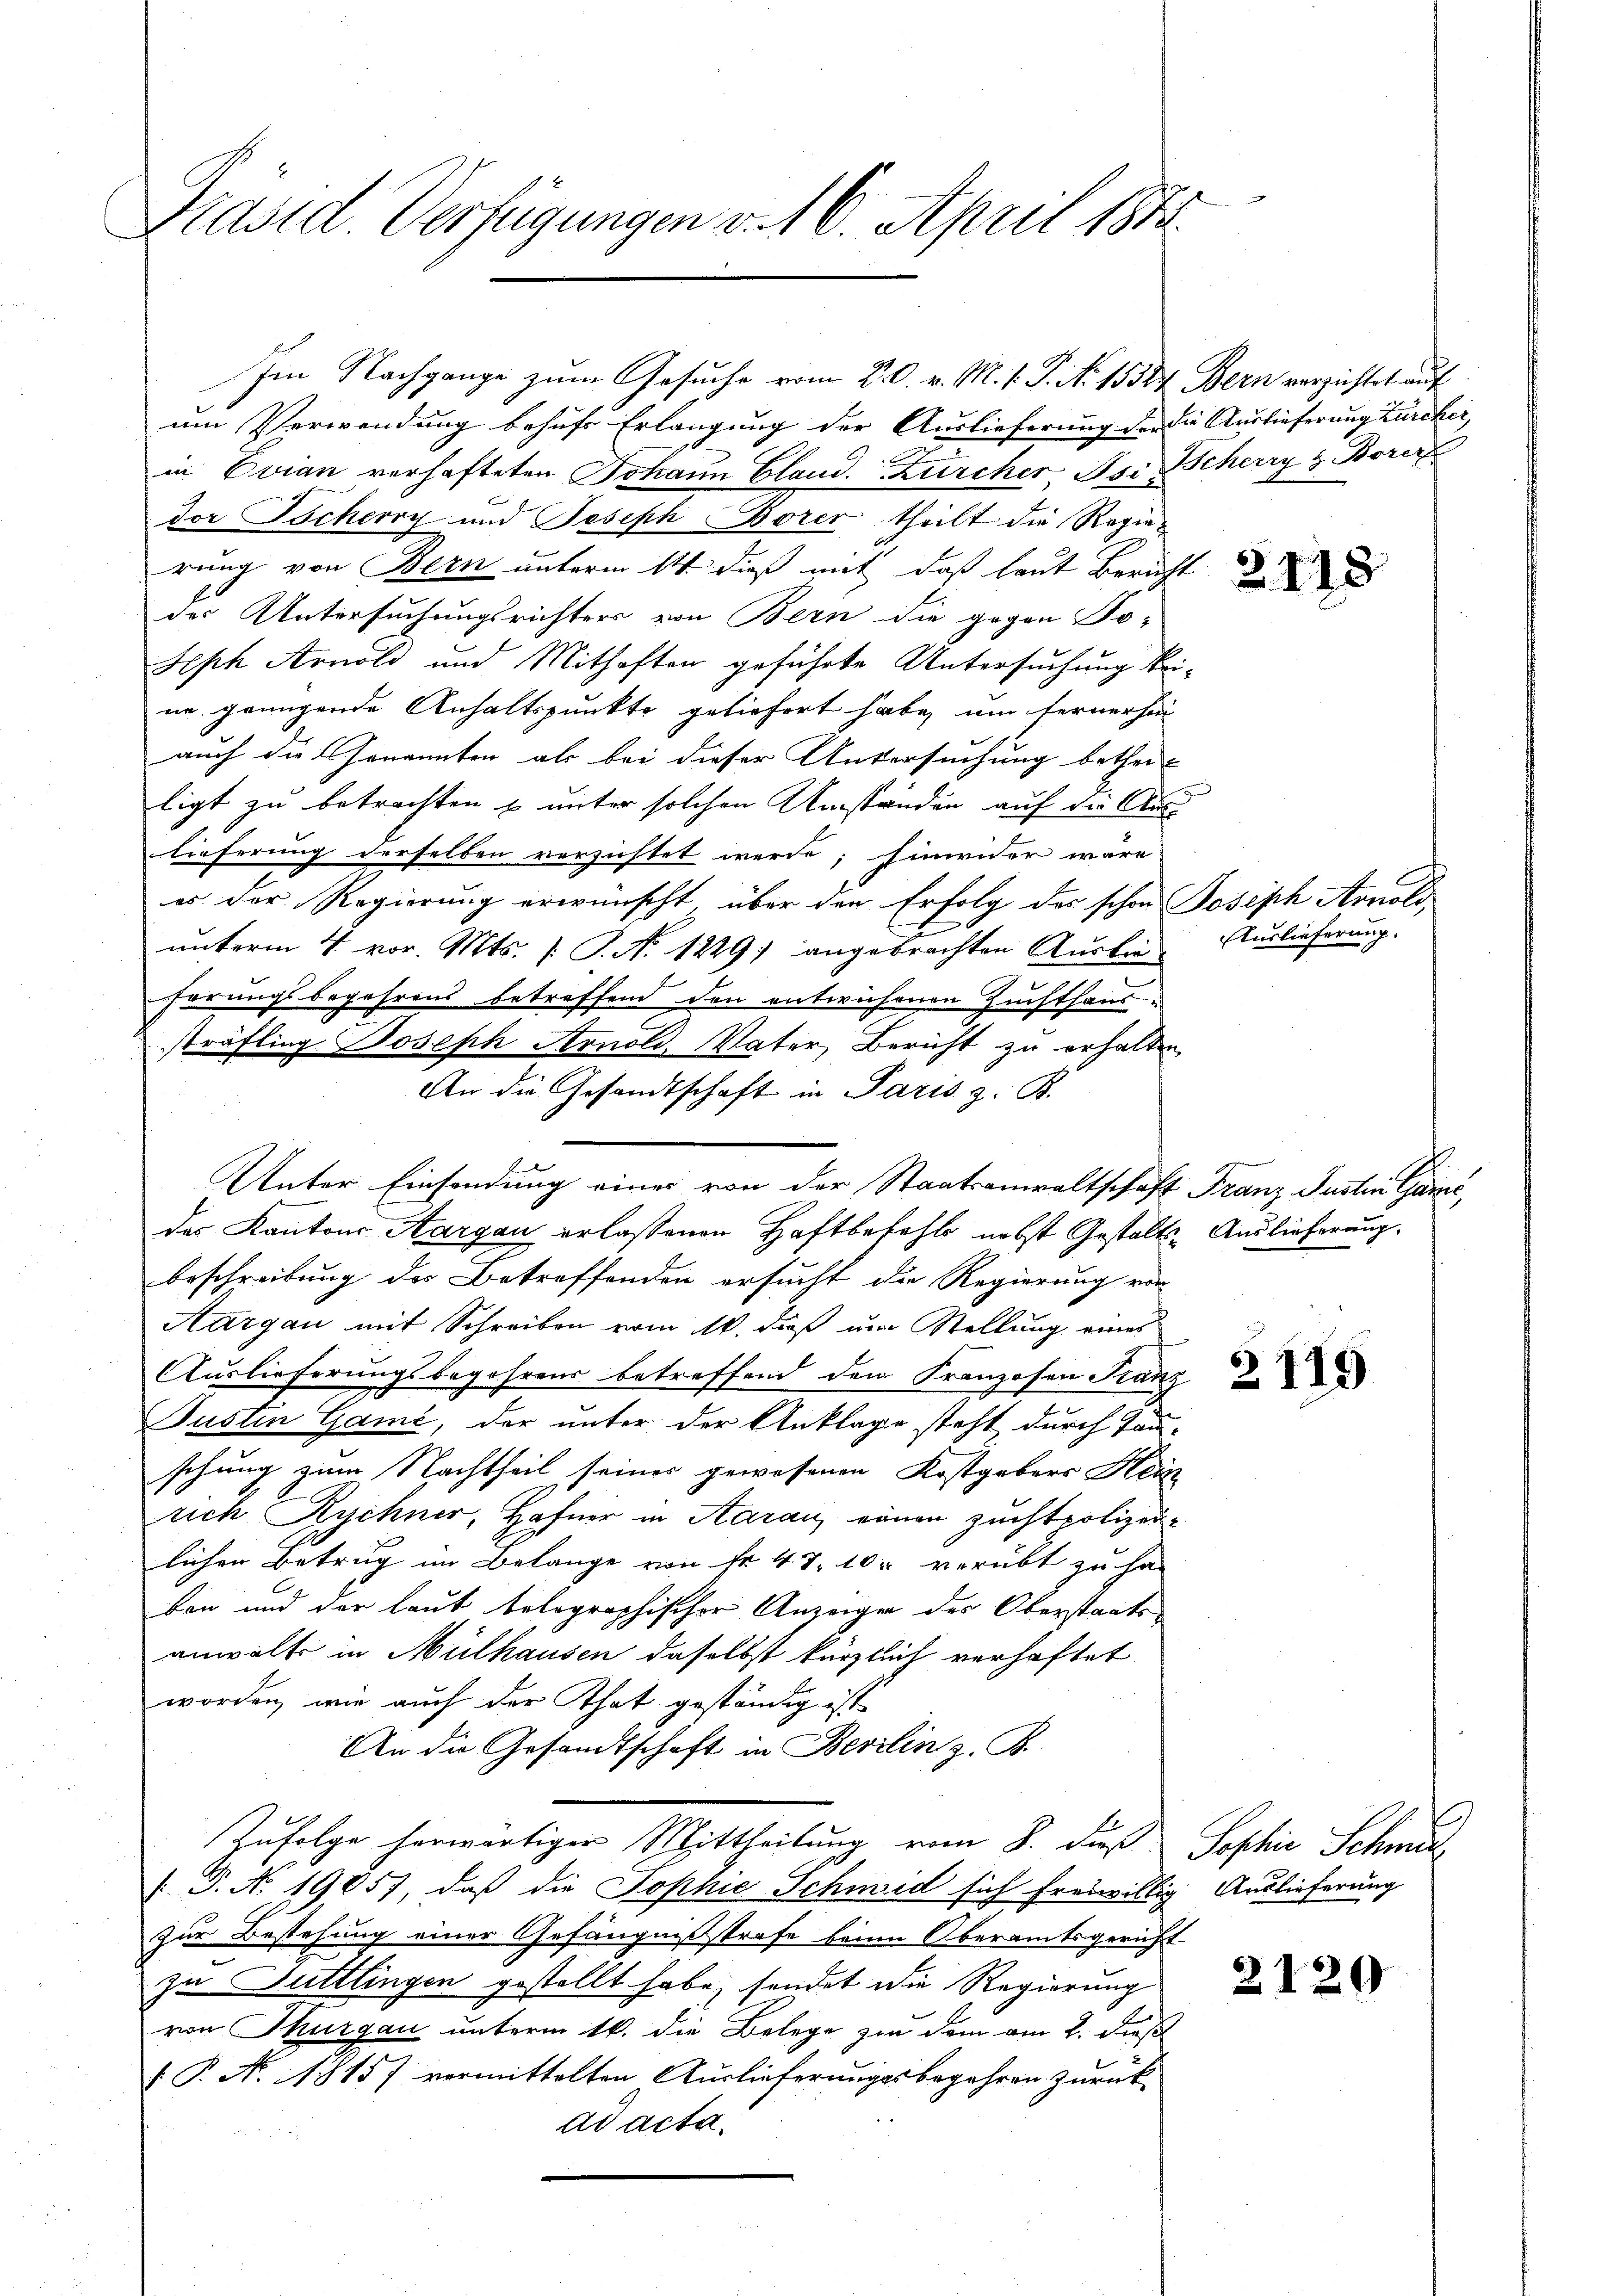
Präsid. Verfügungen v. 16. April 184.

Im Nachgange zum Gesuche vom 20. v. M. v. P. No 15584. Bern verzichtet auf

Unter Einsendung eines von der Staatsanwaltschaft Franz Justin Gaić,

um Verwendung behufs Erlangung der Auslieferung der die Auslieferung Zürcher,
in Evian verhafteten Johann Gland. Zürcher Isi Scherry z. Borizz
dor Tscherry und Joseph Borer, theilt die Regierung von Bern unterm 14. dieß mit, daß laut Bericht
des Untersuchungsrichters von Bern die gegen No-
Seph Arnold und Mithaften geführte Untersuchung keine grungende Anhaltspunkte geliefert habe, um fernerha
auch die Genannten als bei dieser Untersuchung betheil
ligt zu betrachten u unter solchen Umständen auf der Auslieferung derselben verzüchtet werde; hinwider wäre
es der Regierung erwünscht, über den Erfolg des schon Joseph Arnold
unterm 4. vor. Mts. (T. N. 1229) angebrachten Auslie- Auslieferung.
hörungsbegehrens betreffend den entwichenen Zuchthaussträfling Joseph Arnold, Vater, Bericht zu erhalten
An die Gesandtschaft in Paris z. B.
des Kantons Aargau erlassenen Haftbefehls nebst Gestalts- Auslieferung.
beschreibung des Betreffenden ersucht die Regierung von
Aargau mit Schreiben vom 10. dieß um Stellung eines
Auslieferungsbegehrens betreffend den Franzosen Franz
Justin Gamé, der unter der Anklage steht durch Tau-
schung zum Nachtheil seines gewesenen Kostgebers Hein
rich Rychner, Hafner in Aarau einen Zuchtpolizeilichen Betrug im Belange von Fr. 47, 10 verübt zu ha
ben und der laut tolographischer Anzeigen des Oberstaatsanwalt in Mülhausen daselbst kürzlich verhaftet.
worden, wie auch der That geständig ist
An die Gesandtschaft in Berlin z. B.
Zufolge herwärtiger Mittheilung vom 8. daß Sophie Schwu
 P. No 19057, daß die Sophie Schmid sich freiwillig Auslieferung
zur Bestehung einer Gefängnißstrafe beim Oberamtsgericht
zu Futtlingen gestellt habe, sondet die Regierung
von Thurgau unterm 16. die Belege zu dem am 2. dieß
F. P. No. 1815/ vermittelten Auslieferungsbegehren zurück
ad acta.

2118

2119

2120